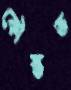
কৌস্তভ